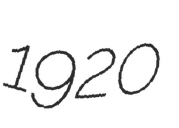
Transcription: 1920